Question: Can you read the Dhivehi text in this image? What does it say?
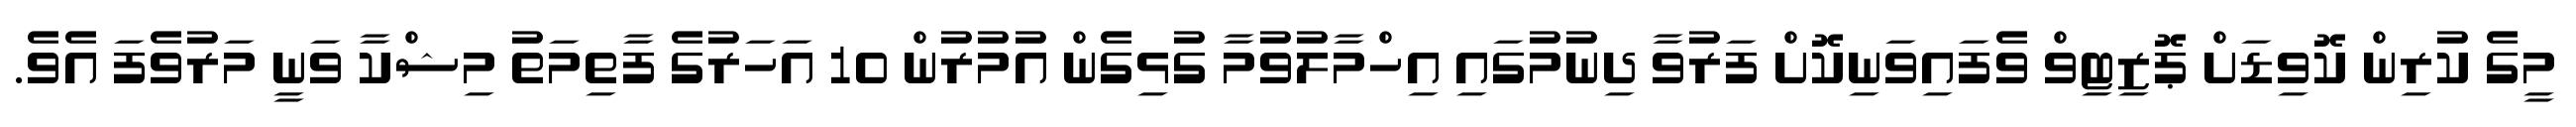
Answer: މީގެ ކުރިން ކޮވިޑަށް ޕޮޒިޓިވް ވެފައިވަނިކޮށް ފަރުވާ ދިނުމުގައި އިހްމާލުވުމާ ގުޅިގެން އުމުރުން 10 އަހަރުގެ ފާތިމަތު މިޝްކާ ވަނީ މަރުވެފަ އެވެ.